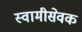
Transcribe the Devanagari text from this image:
स्वामीसेवक